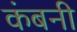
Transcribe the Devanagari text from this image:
कंबनी